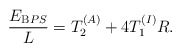
\begin{align*}\frac{E_{{\mathrm BPS}}}L = T_2^{(A)} + 4 T_1^{(I)} R.\end{align*}